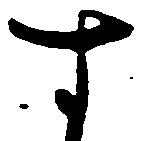
す